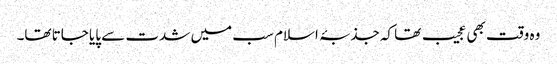
وہ وقت بھی عجیب تھا کہ جذبۂ اسلام سب میں شدت سے پایا جاتا تھا۔